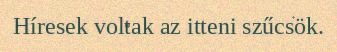
Híresek voltak az itteni szűcsök.